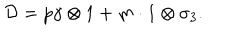
LaTeX: { \cal D } = p \gamma \otimes 1 + m \cdot 1 \otimes \sigma _ { 3 } .